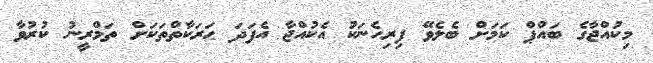
މިކުއްޖާގެ ބައްޕް ކަމަށް ބެލެވޭ ފިރިހެނަކު އެކުއްޖާ އެފަދަ ޙަރަކާތްތަކަށް ތަމްރީނު ކުރުވާ